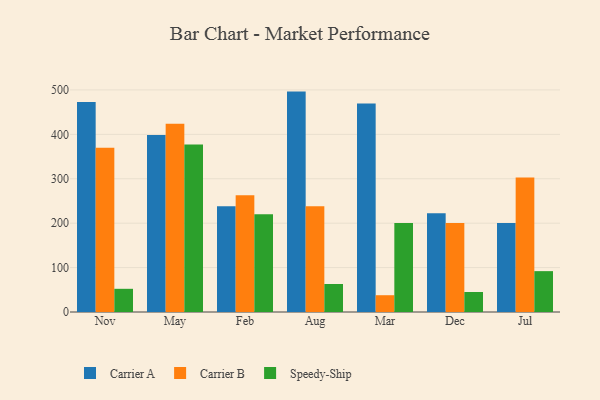
{"axis": {"x": "Month", "y": "Churn Rate (%)"}, "legend": ["Carrier A", "Carrier B", "Speedy-Ship"], "data": [{"x": "Nov", "y": 472.6, "type": "Carrier A"}, {"x": "Nov", "y": 369.9, "type": "Carrier B"}, {"x": "Nov", "y": 52.2, "type": "Speedy-Ship"}, {"x": "May", "y": 398.3, "type": "Carrier A"}, {"x": "May", "y": 423.9, "type": "Carrier B"}, {"x": "May", "y": 377.3, "type": "Speedy-Ship"}, {"x": "Feb", "y": 238.2, "type": "Carrier A"}, {"x": "Feb", "y": 262.6, "type": "Carrier B"}, {"x": "Feb", "y": 219.9, "type": "Speedy-Ship"}, {"x": "Aug", "y": 496.2, "type": "Carrier A"}, {"x": "Aug", "y": 238.2, "type": "Carrier B"}, {"x": "Aug", "y": 63.0, "type": "Speedy-Ship"}, {"x": "Mar", "y": 469.4, "type": "Carrier A"}, {"x": "Mar", "y": 37.8, "type": "Carrier B"}, {"x": "Mar", "y": 200.3, "type": "Speedy-Ship"}, {"x": "Dec", "y": 222.5, "type": "Carrier A"}, {"x": "Dec", "y": 200.1, "type": "Carrier B"}, {"x": "Dec", "y": 45.1, "type": "Speedy-Ship"}, {"x": "Jul", "y": 200.1, "type": "Carrier A"}, {"x": "Jul", "y": 302.7, "type": "Carrier B"}, {"x": "Jul", "y": 92.0, "type": "Speedy-Ship"}]}